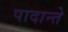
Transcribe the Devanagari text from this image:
पादान्ते